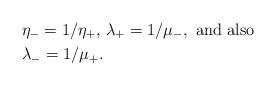
LaTeX: \begin{align*} & \eta_- = 1/\eta_+,\,\lambda_+ = 1/\mu_-, \textrm{ and also } \\&\lambda_- = 1/\mu_+.\end{align*}